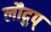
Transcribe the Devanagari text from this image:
लौद्रुप्